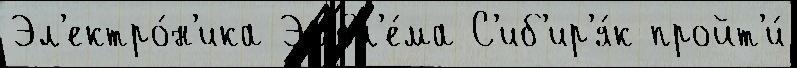
Эл'ектро́н'ика Эмбл'е́ма С'иб'ир'я́к пройт'и́